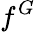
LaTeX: f^{G}